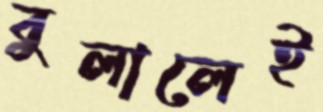
বুলালেই